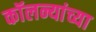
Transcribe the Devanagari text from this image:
कॉलन्यांच्या